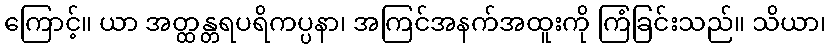
ကြောင့်။ ယာ အတ္ထန္တရပရိကပ္ပနာ၊ အကြင်အနက်အထူးကို ကြံခြင်းသည်။ သိယာ၊